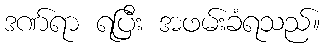
ဒဏ်ရာ ရပြီး အဖမ်းခံရသည်။